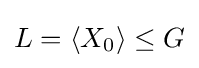
L=\langle X_{0}\rangle \leq G